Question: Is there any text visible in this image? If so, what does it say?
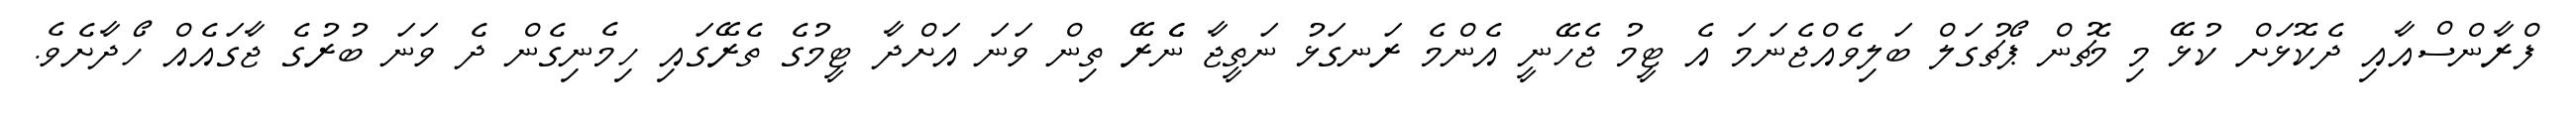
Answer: ފްރާންސްއާއި ދެކޮޅަށް ކުޅޭ މި މެޗުން ޕޯޗުގަލް ބަލިވެއްޖެނަމަ އެ ޓީމު ޖެހޭނީ އެންމެ ރަނގަޅު ނަތީޖާ ނެެރޭ ތިން ވަނަ އަށްދާ ޓީމުގެ ތެރޭގައި ހިމެނިގެން ދެ ވަނަ ބުރުގެ ޖާގައެއް ހޯދާށެވެ.